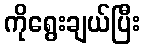
ကိုရွေးချယ်ပြီး